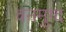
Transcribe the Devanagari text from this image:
वनमुग्द